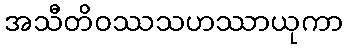
အသီတိဝဿသဟဿာယုကာ